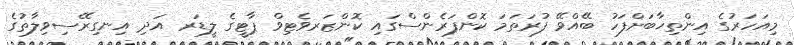
މިއަހަރުގެ އިންތިޚާބަށްފަހު ބޭއްވޭ ފުރަތަމަ ކޮންފަރެންސްގައި ކޮންޒަރވެޓިވް ޕާޓީގެ ލީޑަރ އަދި އިނގިރޭސިވިލާތުގެ